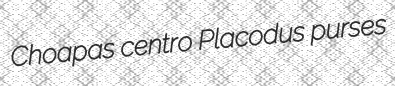
Choapas centro Placodus purses